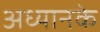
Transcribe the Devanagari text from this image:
अध्यानके